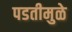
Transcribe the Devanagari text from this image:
पडतीमुळे